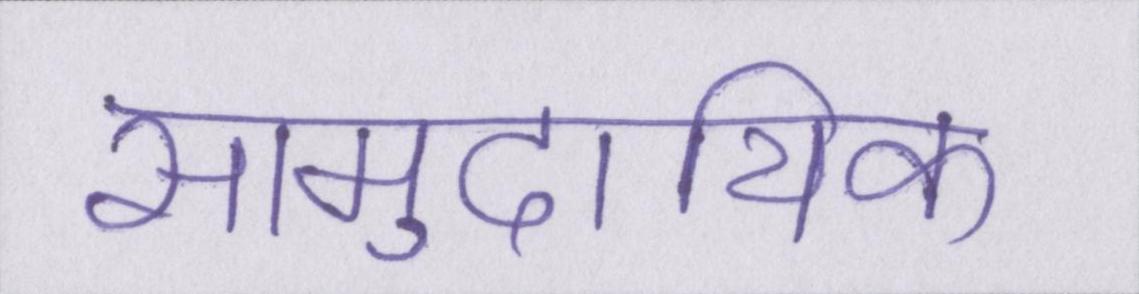
सामुदायिक